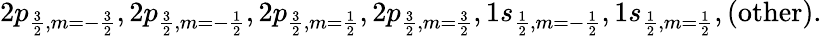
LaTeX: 2p_{\frac{3}{2},m=-\frac{3}{2}},2p_{\frac{3}{2},m=-\frac{1}{2}},2p_{\frac{3}{2},m=\frac{1}{2}},2p_{\frac{3}{2},m=\frac{3}{2}},1s_{\frac{1}{2},m=-\frac{1}{2}},1s_{\frac{1}{2},m=\frac{1}{2}},(\mathrm{other}).